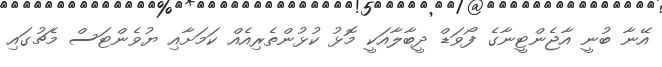
އޭނާ ބުނީ އާޖެންޓީނާގެ ފޯވަޑް ދީބާލާއަކީ މޮޅު ކުޅުންތެރިއެއް ކަމަށާއި ޔުވެންޓަސް މެޗުގައި